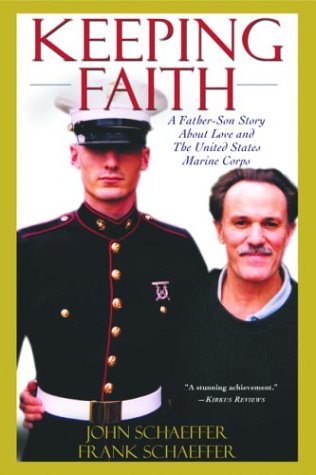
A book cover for Keeping Faith: A Father-Son Story About Love and the United States Marine Corps; John Schaeffer; Biographies & Memoirs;